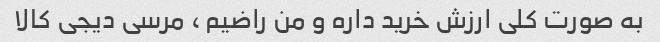
به صورت کلی ارزش خرید داره و من راضیم ، مرسی دیجی کالا